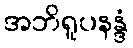
အဘိရူပနန္ဒံ